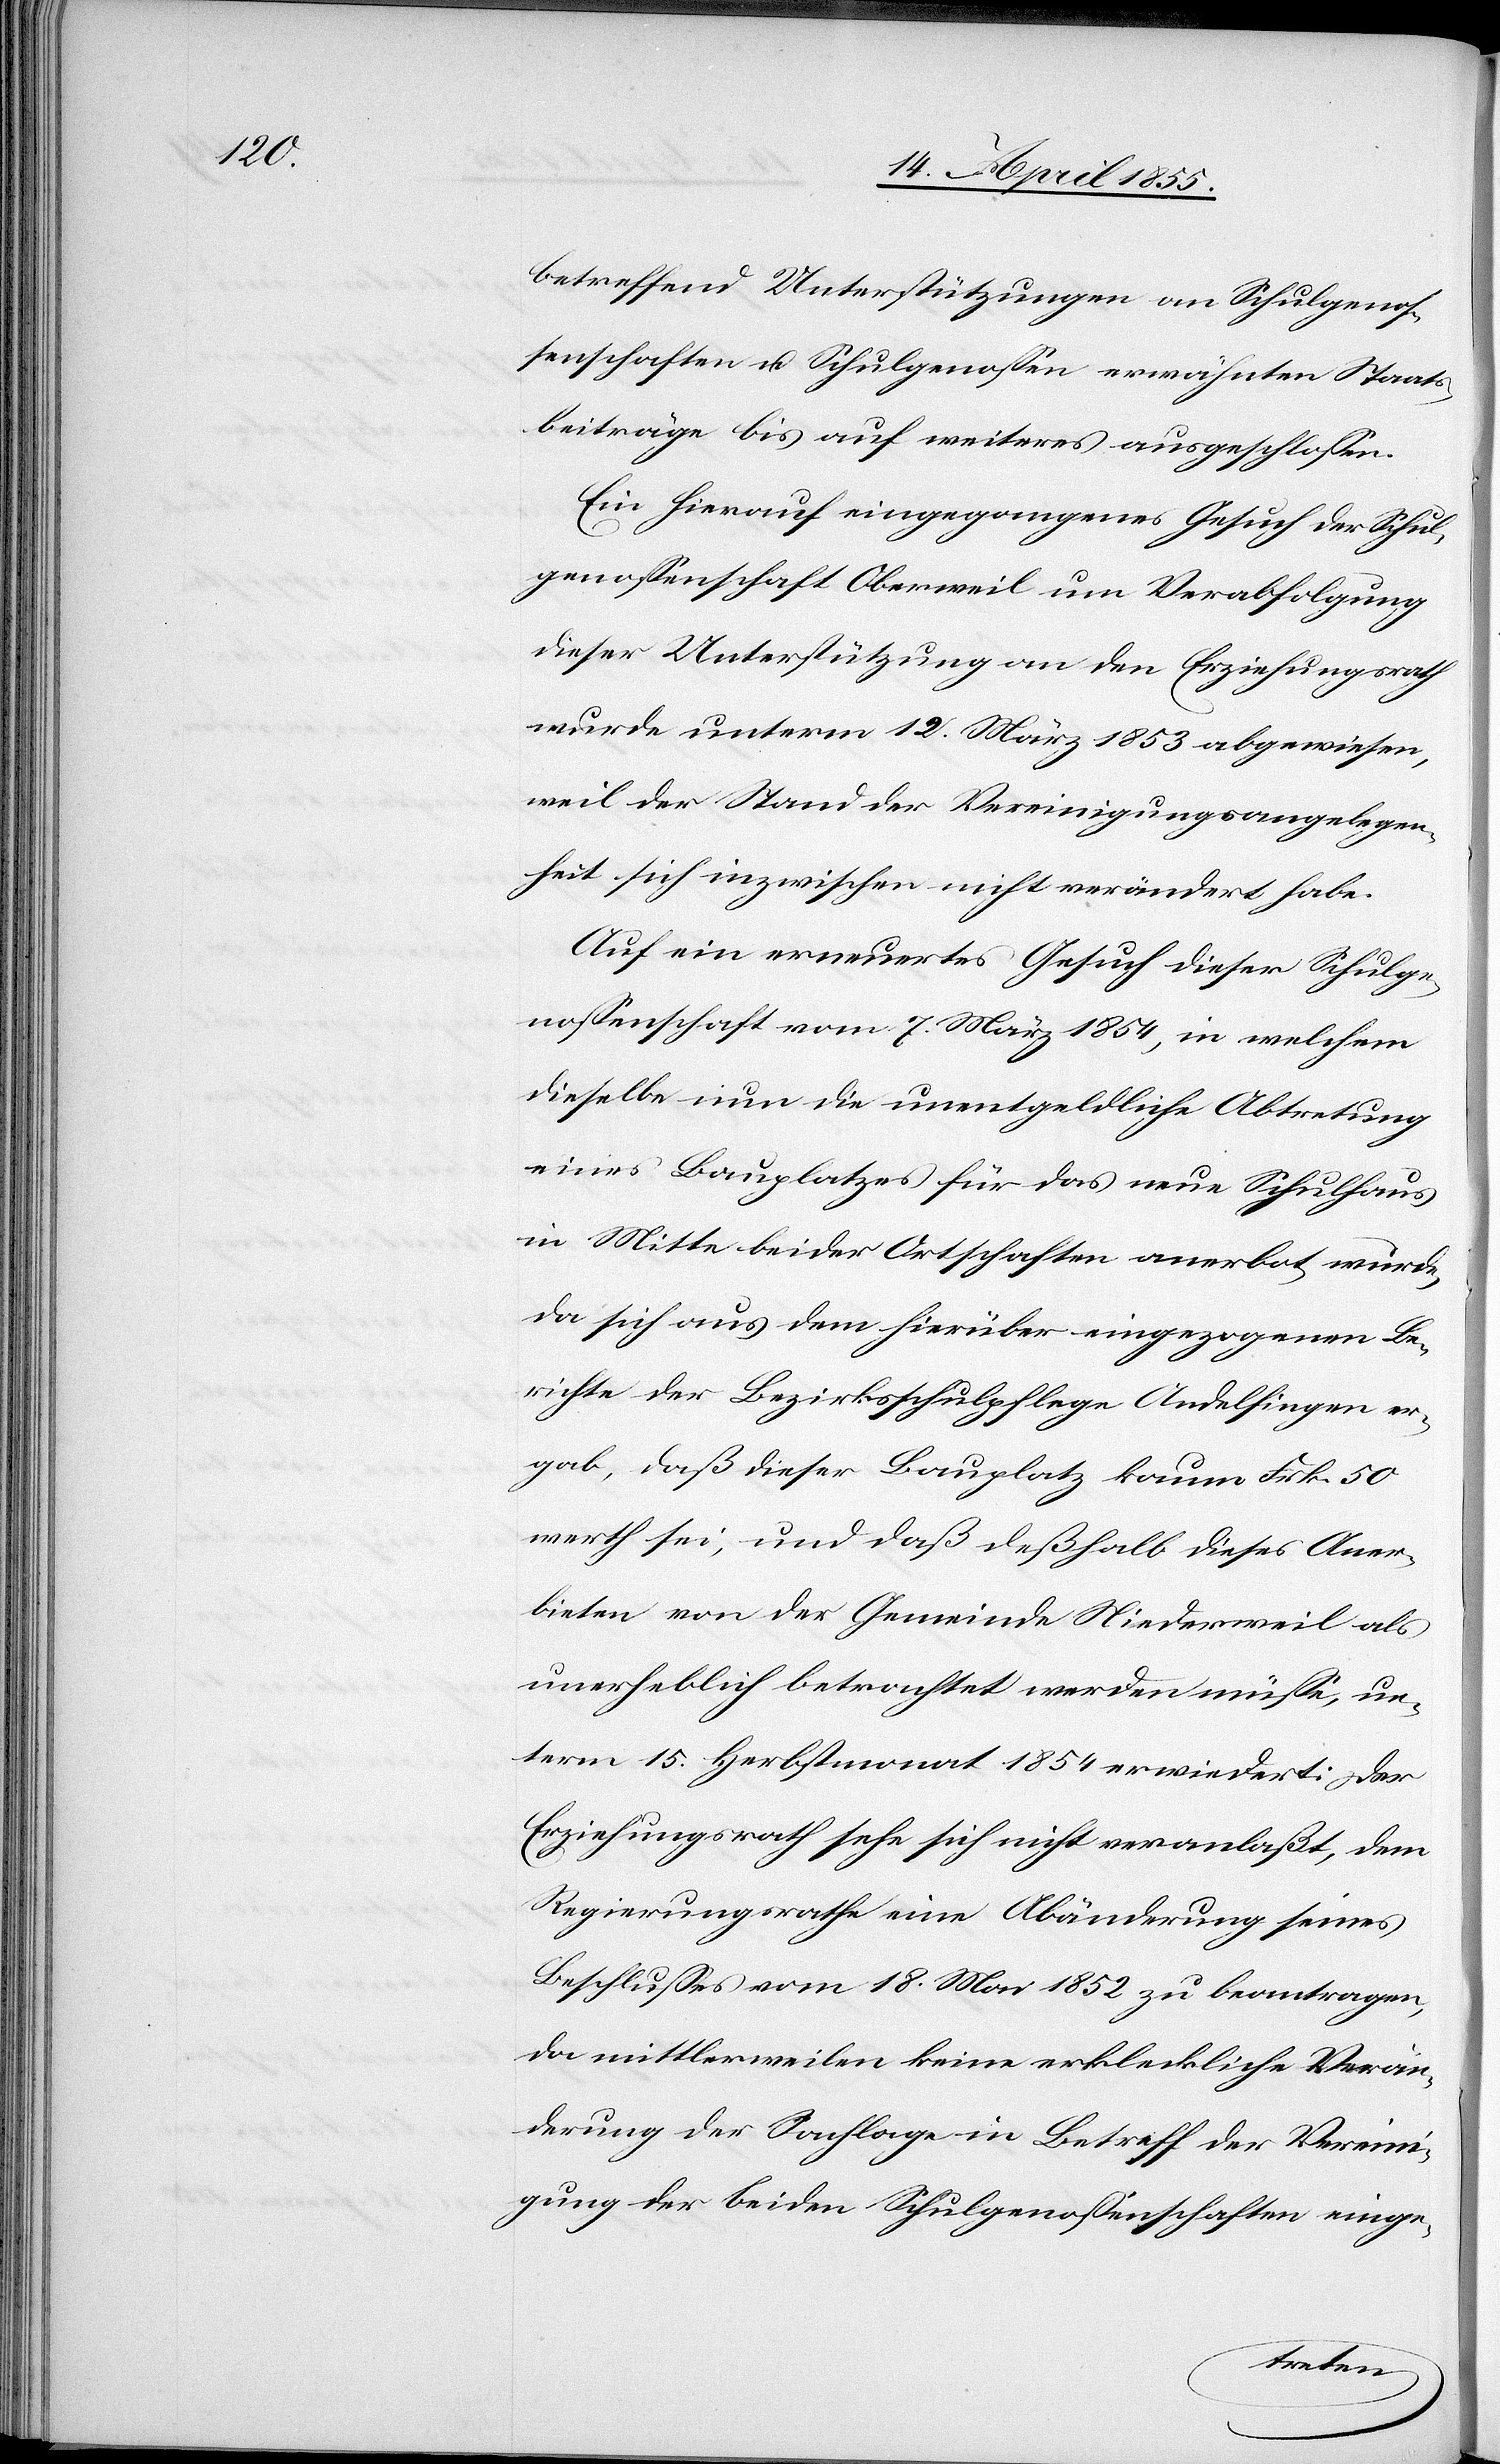
betreffend Unterstützungen an Schulgenos¬
senschaften u. Schulgenossen erwähnten Staats¬
beiträge bis auf weiteres ausgeschlossen.
Ein hierauf eingegangenes Gesuch der Schul¬
genossenschaft Oberweil um Verabfolgung
dieser Unterstützung an den Erziehungsrath
wurde unterm 12. März 1853 abgewiesen,
weil der Stand der Vereinigungsangelegen¬
heit sich inzwischen nicht verändert habe.
Auf ein erneuertes Gesuch dieser Schulge¬
nossenschaft vom 7. März 1854, in welchem
dieselbe nun die unentgeldliche Abtretung
eines Bauplatzes für das neue Schulhaus
in Mitte beider Ortschaften anerbot, wurde,
da sich aus dem hierüber eingezogenen Be¬
richte der Bezirksschulpflege Andelfingen er¬
gab, daß dieser Bauplatz kaum Frk. 50
werth sei, und daß deßhalb dieses Aner¬
bieten von der Gemeinde Niederweil als
unerheblich betrachtet werden müsse, un¬
term 15. Herbstmonat 1854 erwiedert: Der
Erziehungsrath sehe sich nicht veranlaßt, dem
Regierungsrathe eine Abänderung seines
Beschlusses vom 18. Mai 1852 zu beantragen,
da mittlerweilen keine erkleckliche Verän¬
derung der Sachlage in Betreff der Vereini¬
gung der beiden Schulgenossenschaften einge-